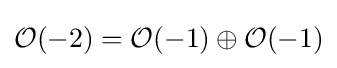
{\mathcal {O}}(-2)={\mathcal {O}}(-1)\oplus {\mathcal {O}}(-1)